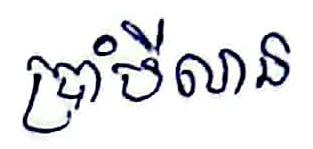
ប្រាំបីលាន